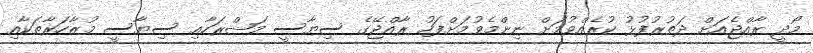
މޯދީ ރާއްޖެއަށް ދަތުރުފުޅު ކުރެއްވުމަށް ނިންމެވުމަށްފަހު ރާއްޖޭގެ ސިޔާސީ މަޝްރަހާއި ސިޔާސީ މުޒާހަރާތަކާއި